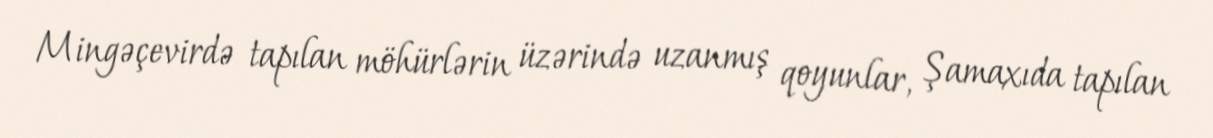
Mingəçevirdə tapılan möhürlərin üzərində uzanmış qoyunlar, Şamaxıda tapılan